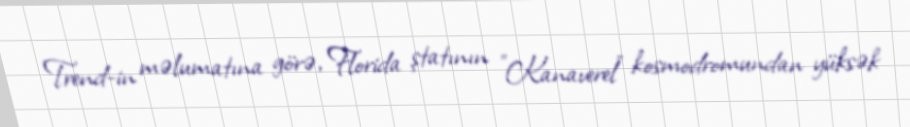
Trend-in məlumatına görə, Florida ştatının "Kanaverel" kosmodromundan yüksək